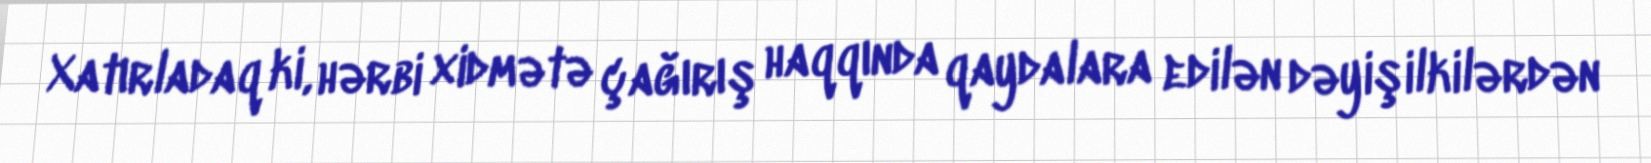
Xatırladaq ki, hərbi xidmətə çağırış haqqında qaydalara edilən dəyişilkilərdən